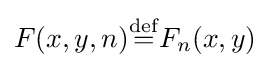
F(x,y,n){\stackrel {\mathrm {def} }{=}}F_{n}(x,y)